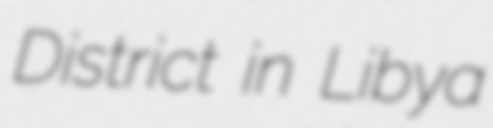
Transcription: District in Libya